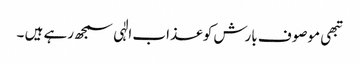
تبھی موصوف بارش کو عذاب الٰہی سمجھ رہے ہیں ۔